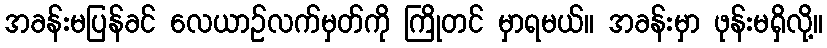
အခန်းမပြန်ခင် လေယာဉ်လက်မှတ်ကို ကြိုတင် မှာရမယ်။ အခန်းမှာ ဖုန်းမရှိလို့။